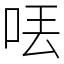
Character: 𠲍